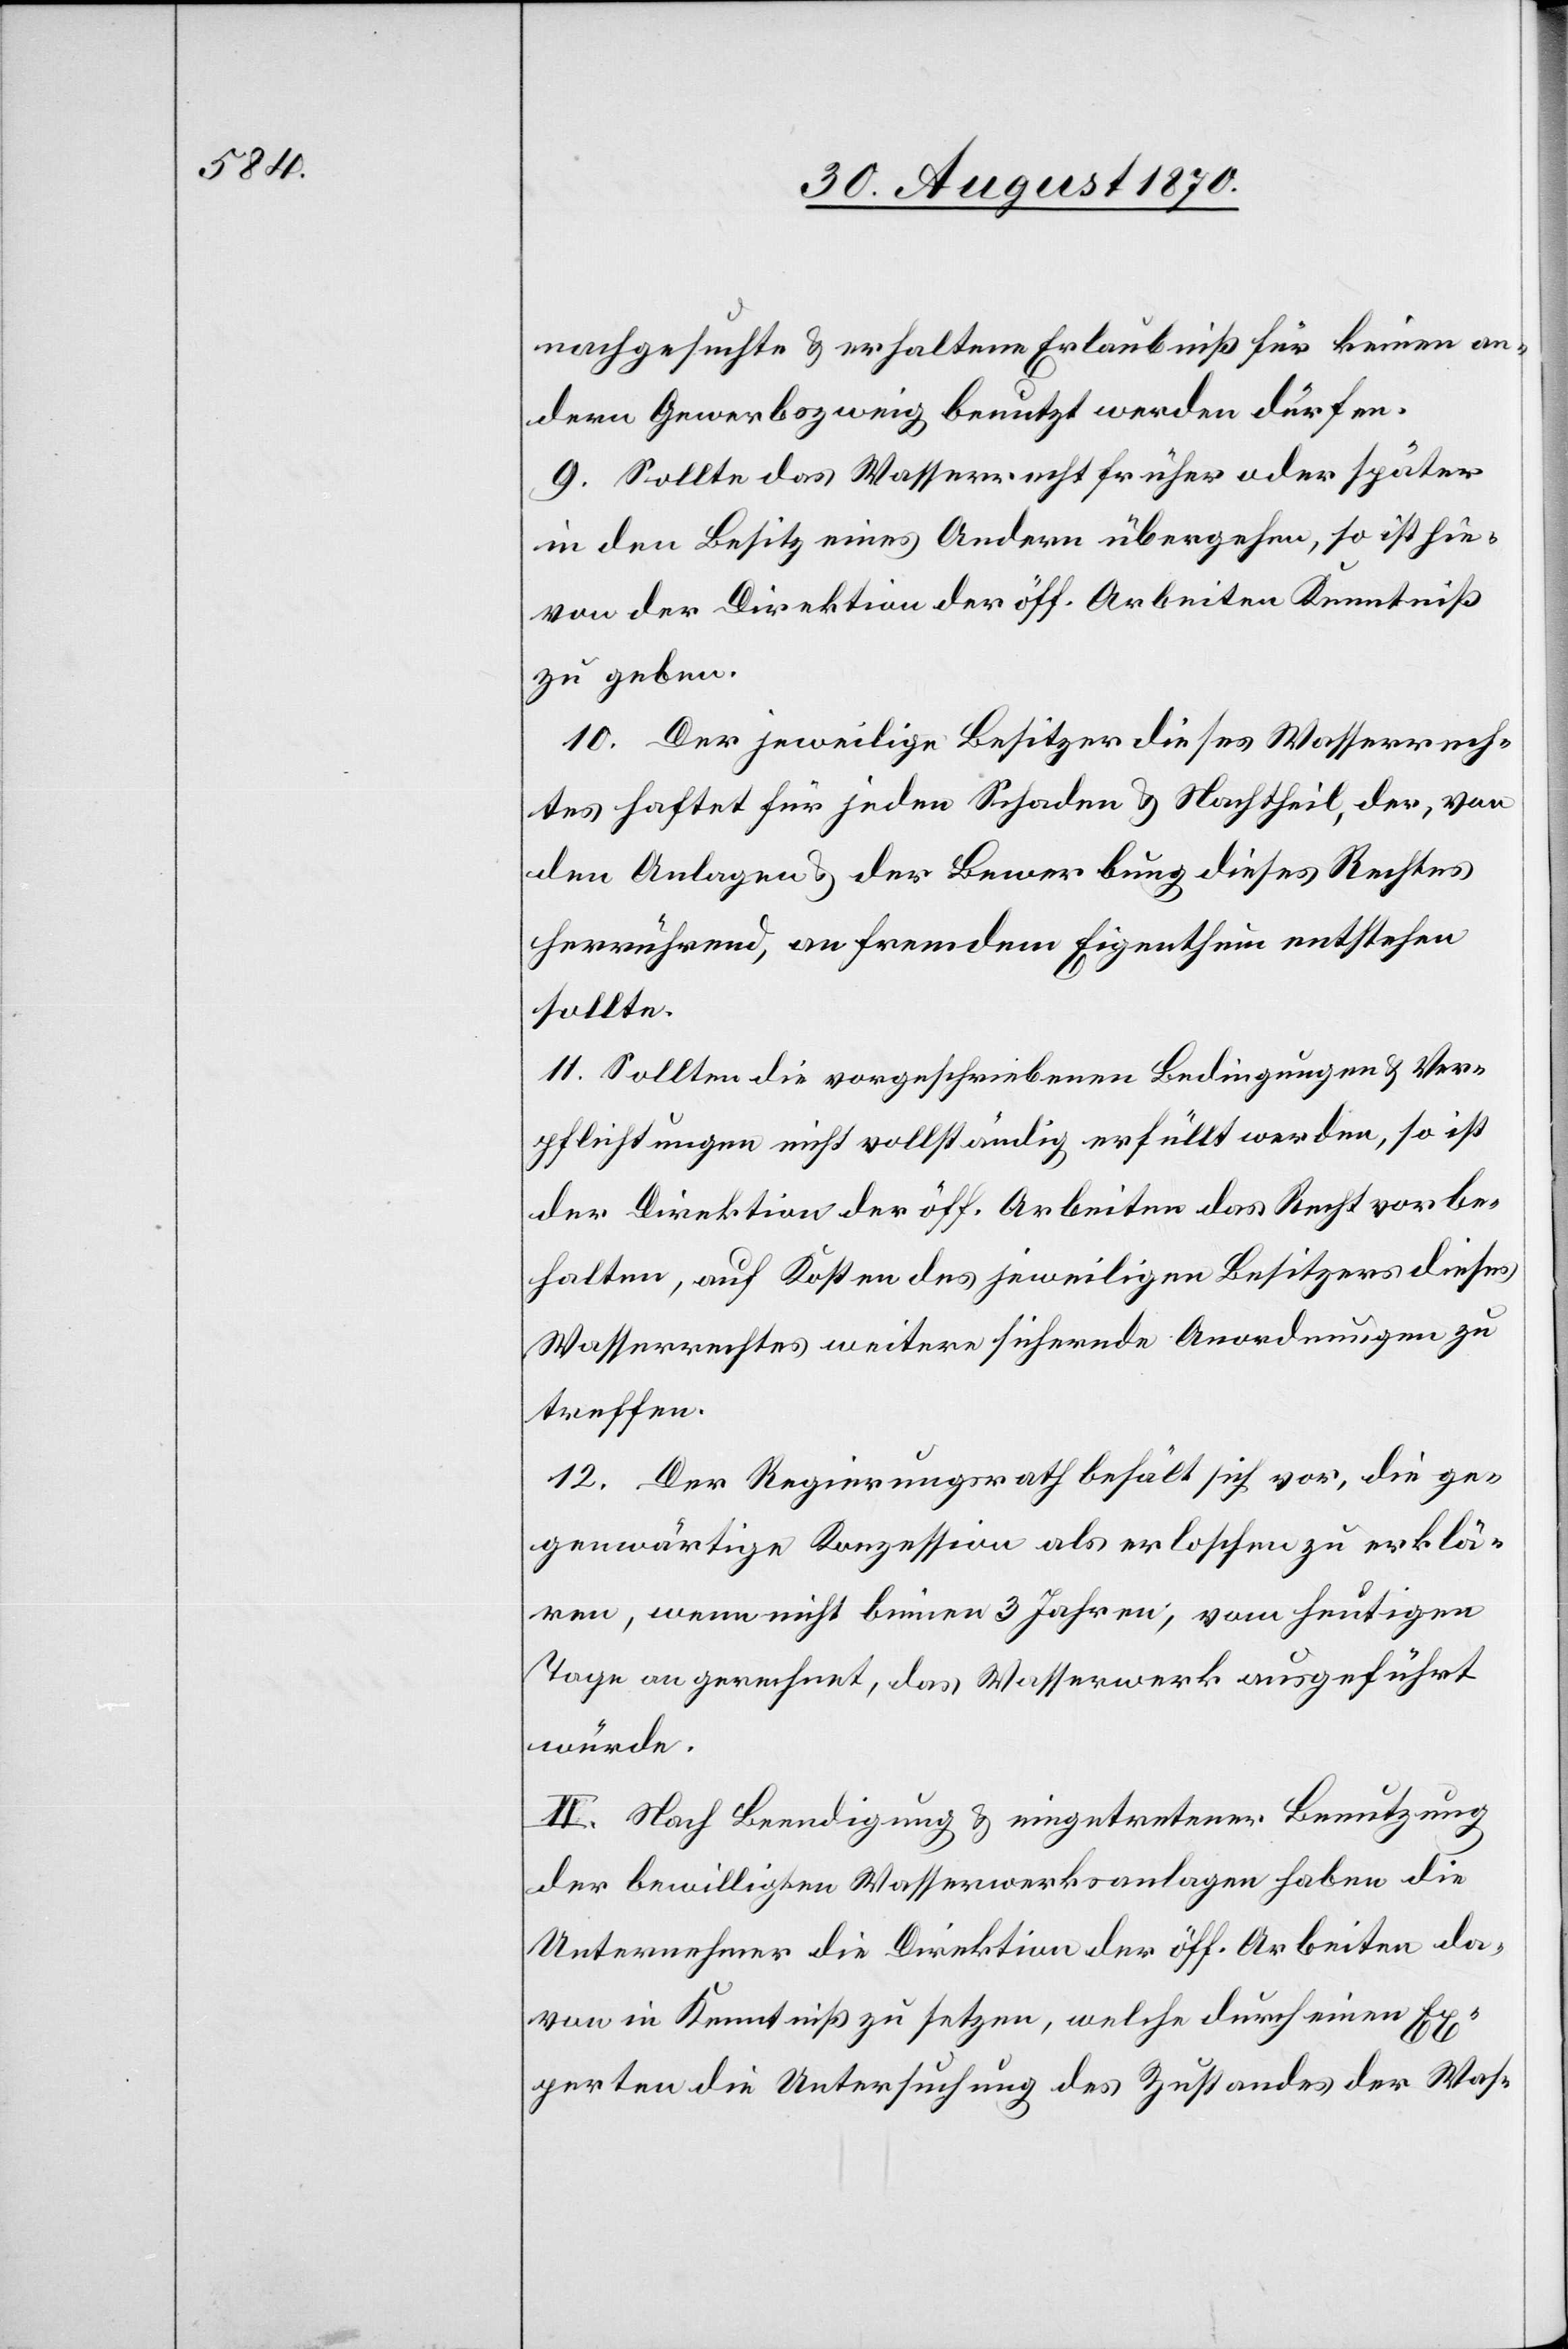
nachgesuchte & erhaltene Erlaubniß für keinen an¬
dern Gewerbszweig benutzt werden dürfen.
9. Sollte das Wasserrecht früher oder später
in den Besitz eines Andern übergehen, so ist hie¬
von der Direktion der öff. Arbeiten Kenntniß
zu geben.
10. Der jeweilige Besitzer dieses Wasserrech¬
tes haftet für jeden Schaden & Nachtheil, der, von
den Anlagen & der Bewerbung dieses Rechtes
herrührend, an fremdem Eigenthum entstehen
sollte.
11. Sollten die vorgeschriebenen Bedingungen & Ver¬
pflichtungen nicht vollständig erfüllt werden, so ist
der Direktion der öff. Arbeiten das Recht vorbe¬
halten, auf Kosten des jeweiligen Besitzers dieses
Wasserrechtes weitere sichernde Anordnungen zu
treffen.
12. Der Regierungsrath behält sich vor, die ge¬
genwärtige Konzession als erloschen zu erklä¬
ren, wenn nicht binnen 3 Jahren, vom heutigen
Tage an gerechnet, das Wasserwerk ausgeführt
würde.
II. Nach Beendigung & eingetretener Benutzung
der bewilligten Wasserwerksanlagen haben die
Unternehmer die Direktion der öff. Arbeiten da¬
von in Kenntniß zu setzten, welche durch einen Ex¬
perten die Untersuchung des Zustandes der Was-